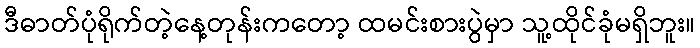
ဒီဓာတ်ပုံရိုက်တဲ့နေ့တုန်းကတော့ ထမင်းစားပွဲမှာ သူ့ထိုင်ခုံမရှိဘူး။